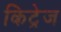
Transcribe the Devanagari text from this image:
किट्रेज